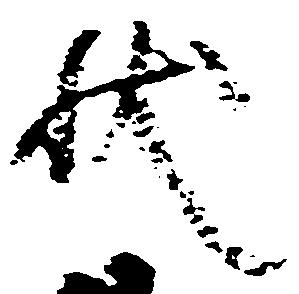
状